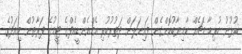
ކުޅުނު ހުރިހާ މެޗެއް ކާމިޔާބުކޮށްގެން ފައިނަލަށް ދަތުރުކުރި އެމްއެންޑީއެފްގެ ޓީމުގެ ފަރާތުން މިއަދުގެ